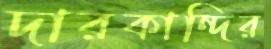
দারকান্দির